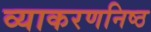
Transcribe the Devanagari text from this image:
व्याकरणनिष्ठ